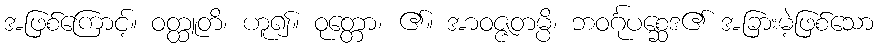
အဖြစ်ကြောင့်။ ဝတ္ထူတိ၊ ဟူ၍။ ဝုတ္တော၊ ၏။ အာဝဇ္ဇတမ္ပိ၊ ဘဝင်္ဂုပစ္ဆေဒ၏ အခြားမဲ့ဖြစ်သော